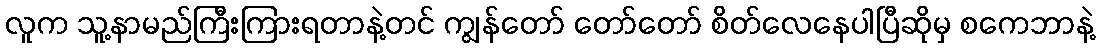
လူက သူ့နာမည်ကြီးကြားရတာနဲ့တင် ကျွန်တော် တော်တော် စိတ်လေနေပါပြီဆိုမှ စကေဘာနဲ့